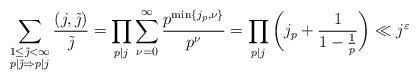
LaTeX: \begin{align*}\sum_{\substack{1\leq \tilde{\jmath}<\infty \\ p|\tilde{\jmath}\Rightarrow p|j}} \frac{(j,\tilde{\jmath})}{\tilde{\jmath}}& =\prod_{p|j} \sum_{\nu=0}^{\infty} \frac{p^{\min\{j_p,\nu\}}}{p^{\nu}}= \prod_{p|j} \bigg(j_p + \frac{1}{1-\frac{1}{p}} \bigg) \ll j^{\varepsilon}\end{align*}